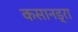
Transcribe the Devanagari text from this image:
कसानड्रा